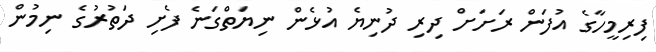
ފިރިމީހާގެ އުފަން ރަށަށް ދިރި ދުނިޔެ އުޅެން ނިޔަތްގަނެ ފެށި ދަތުރުގެ ނިމުން